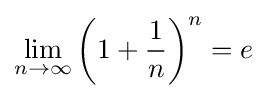
\lim _{n\to \infty }\left(1+{\frac {1}{n}}\right)^{n}=e